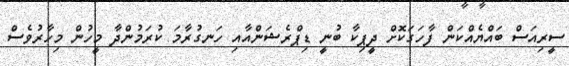
ސީރިއަސް ބައްޔެއްކަން ފާހަގަކޮށް ދީޕިކާ ބުނީ ޑިޕްރެޝަންއާއި ހަނގުރާމަ ކުރަމުންދާ މީހުން މިހާރުވެސް